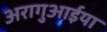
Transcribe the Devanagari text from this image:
अरागुआईया